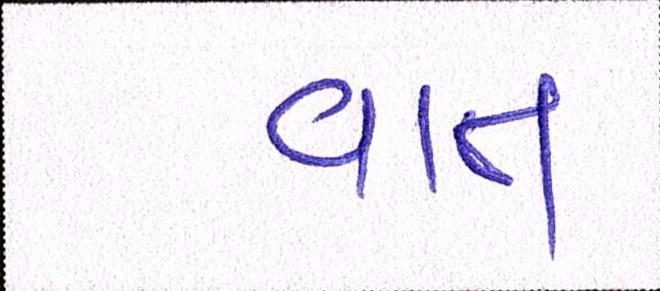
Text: વાત